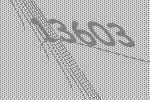
13603